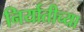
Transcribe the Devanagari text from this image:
निर्यातीच्या